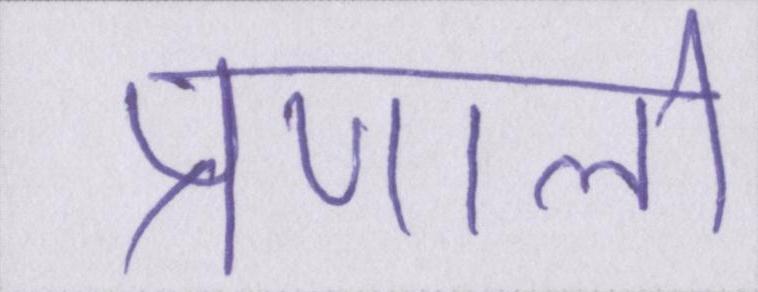
प्रणाली